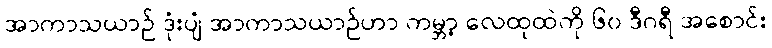
အာကာသယာဉ် ဒုံးပျံ အာကာသယာဉ်ဟာ ကမ္ဘာ့ လေထုထဲကို ၆၀ ဒီဂရီ အစောင်း